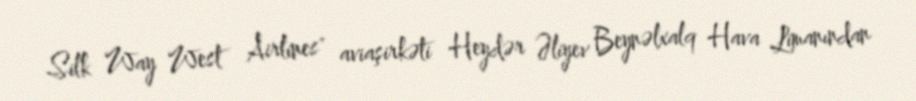
Silk Way West Airlines" aviaşirkəti Heydər Əliyev Beynəlxalq Hava Limanından